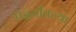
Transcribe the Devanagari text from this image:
पद्धतीतल्या